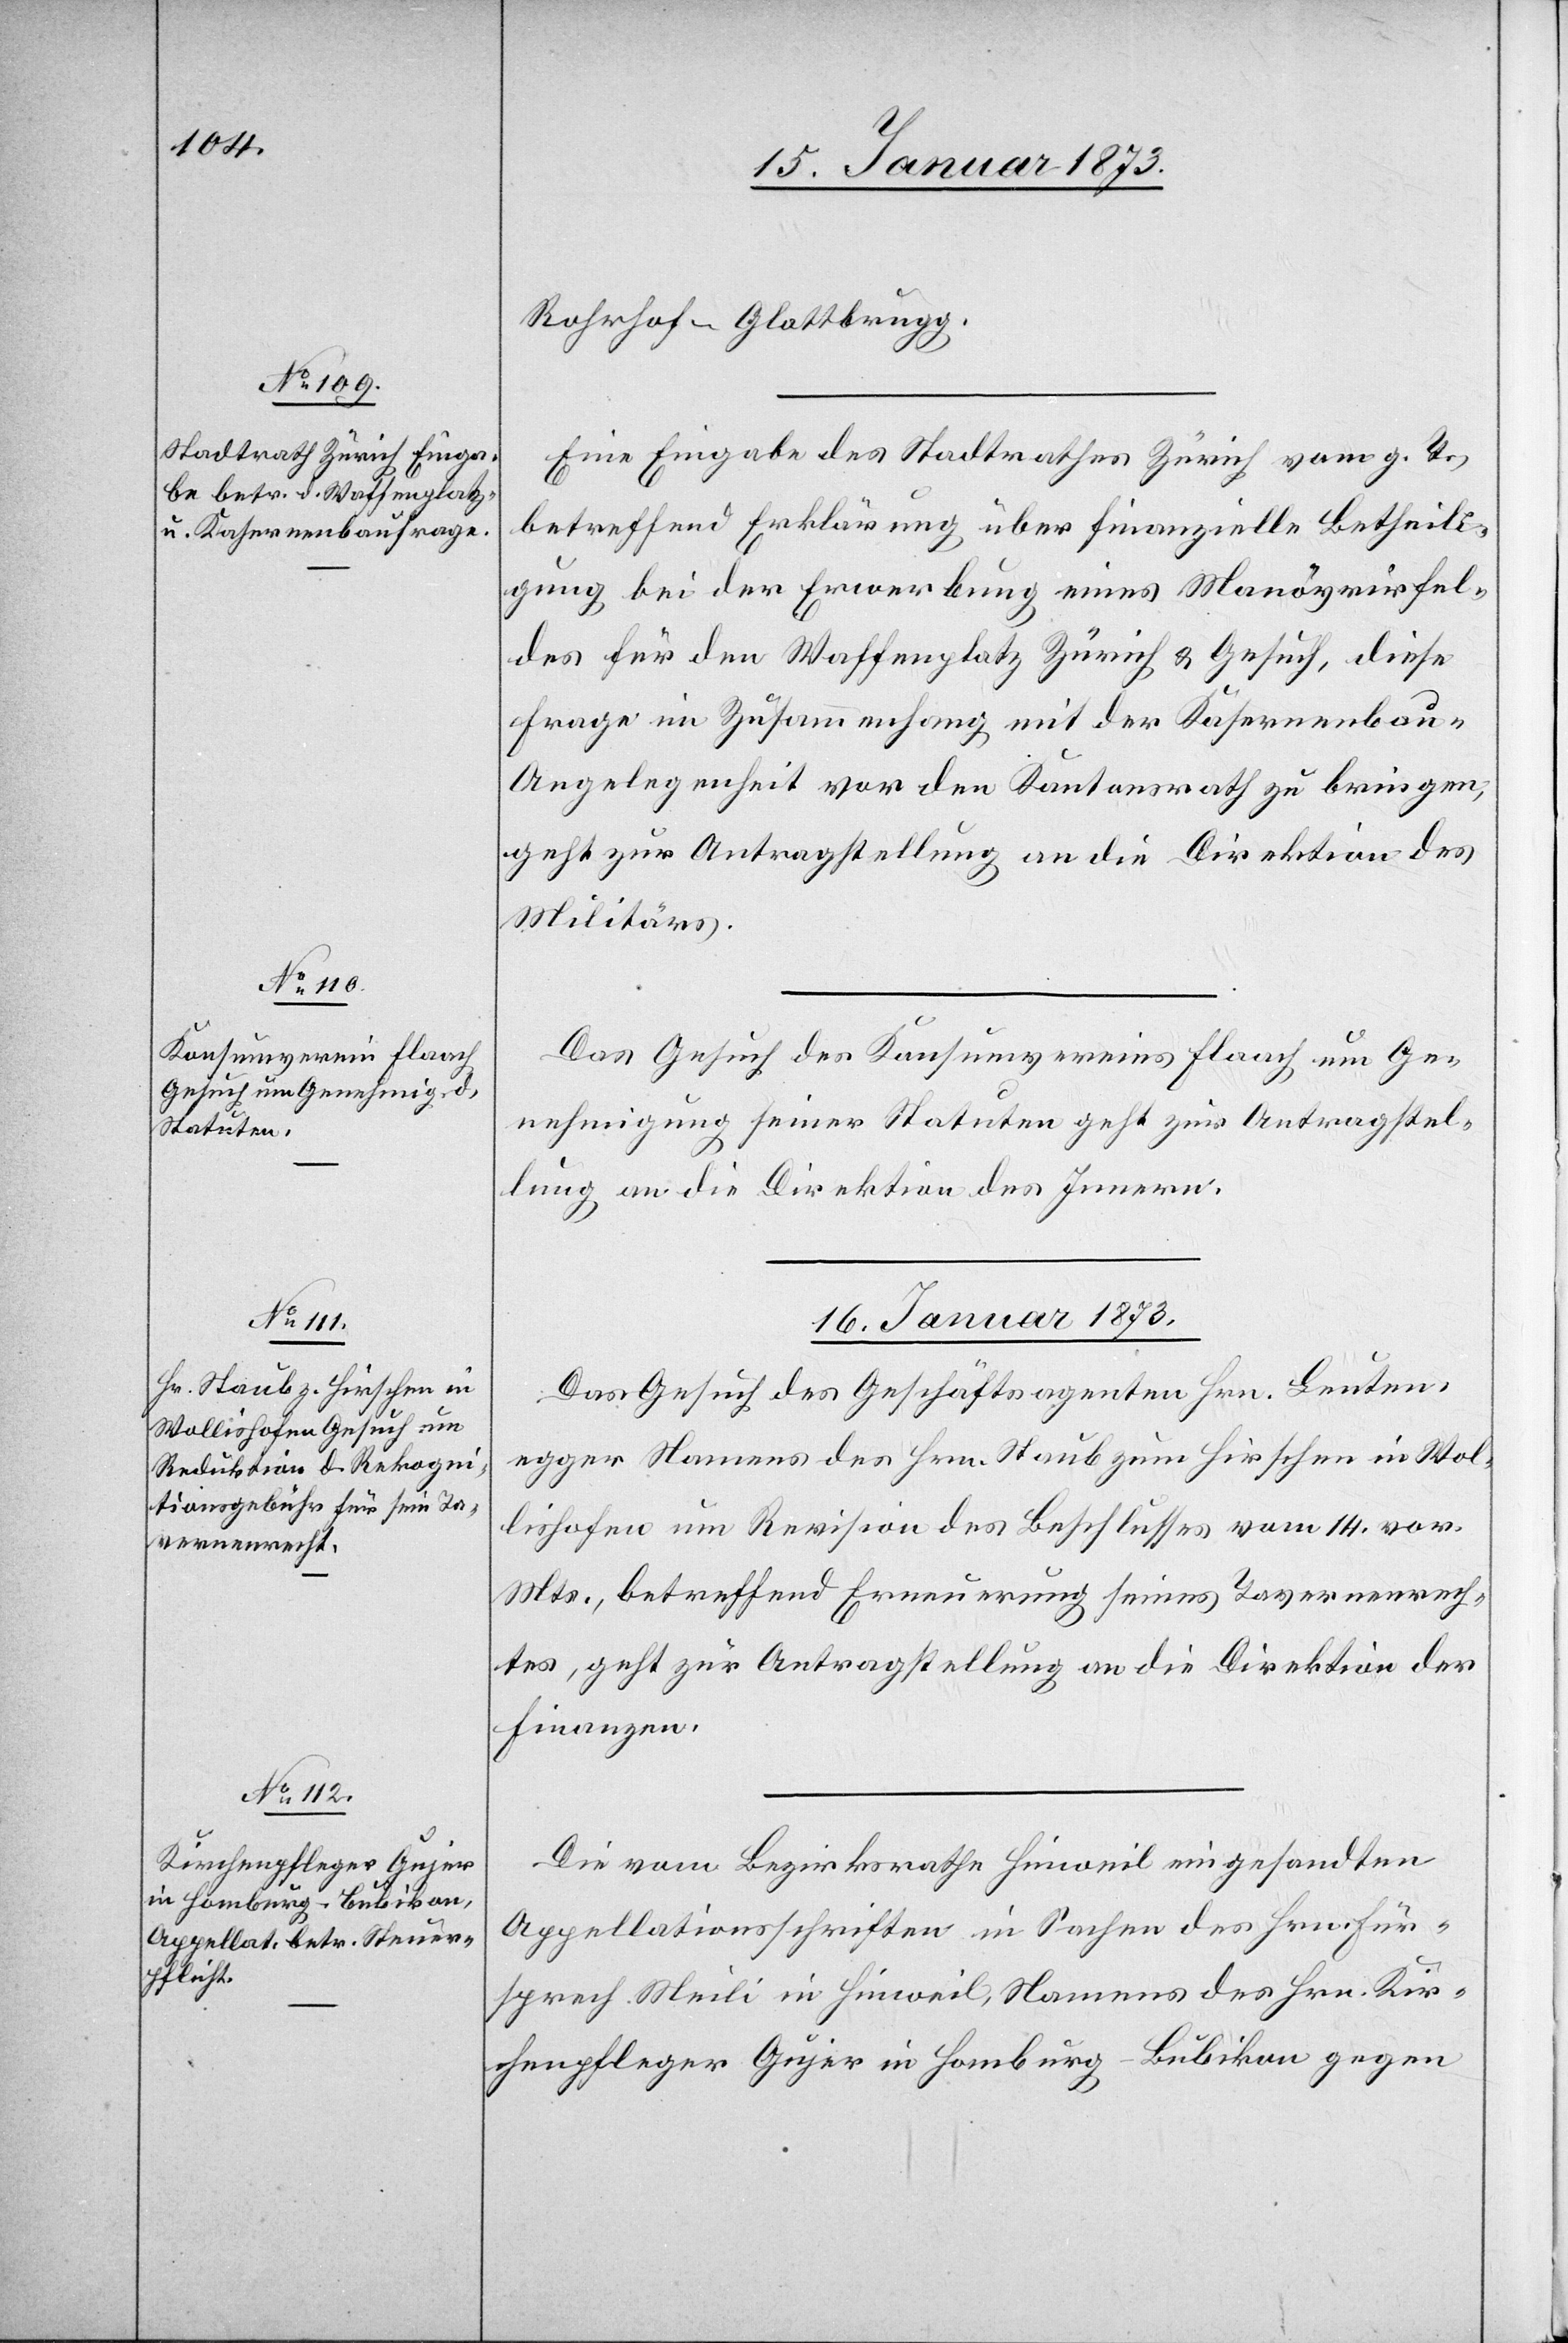
15. Januar 1873.]
Rohrhof–Glattbrugg.
Eine Eingabe des Stadtrathes Zürich vom g. T.
betreffend Erklärung über finanzielle Betheili¬
gung bei der Erwerbung eines Manövrirfel¬
des für den Waffenplatz Zürich u. Gesuch, diese
Frage im Zusammenhang mit der Kasernenba¬
u-Angelegenheit vor den Kantonsrath zu bringen,
geht zur Antragstellung an die Direktion des
Militärs.
Das Gesuch des Konsumvereins Flaach um Ge¬
nehmigung seiner Statuten geht zur Antragstel¬
lung an die Direktion des Innern.
16. Januar 1873.]
Das Gesuch des Geschäftsagenten Hrn. Leuten¬
egger Namens des Hrn. Haub zum Hirschen in Wol¬
lishofen um Revision des Beschlusses vom 14. vor.
Mts., betreffend Erneuerung seines Tavernenrech¬
tes, geht zur Antragstellung an die Direktion der
Finanzen.
Die vom Bezirksrathe Hinweil eingesandten
Appelationsschriften in Sachen des Hrn. Für¬
sprech Meili in Hinweil, Namens des Hrn. Kir¬
chenpfleger Gujer in Homburg-Bubikon gegen